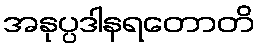
အနုပ္ပဒါနရတောတိ